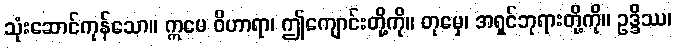
သုံးဆောင်ကုန်သော။ ဣမေ ဝိဟာရာ၊ ဤကျောင်းတို့ကို။ တုမှေ၊ အရှင်ဘုရားတို့ကို။ ဥဒ္ဒိဿ၊